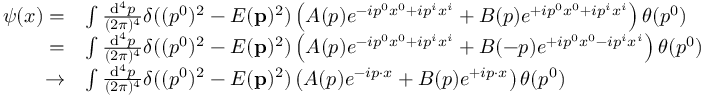
{ \begin{array} { r l } { \psi ( x ) = } & { \int { \frac { \mathrm { d } ^ { 4 } p } { ( 2 \pi ) ^ { 4 } } } \delta ( ( p ^ { 0 } ) ^ { 2 } - E ( \mathbf { p } ) ^ { 2 } ) \left( A ( p ) e ^ { - i p ^ { 0 } x ^ { 0 } + i p ^ { i } x ^ { i } } + B ( p ) e ^ { + i p ^ { 0 } x ^ { 0 } + i p ^ { i } x ^ { i } } \right) \theta ( p ^ { 0 } ) } \\ { = } & { \int { \frac { \mathrm { d } ^ { 4 } p } { ( 2 \pi ) ^ { 4 } } } \delta ( ( p ^ { 0 } ) ^ { 2 } - E ( \mathbf { p } ) ^ { 2 } ) \left( A ( p ) e ^ { - i p ^ { 0 } x ^ { 0 } + i p ^ { i } x ^ { i } } + B ( - p ) e ^ { + i p ^ { 0 } x ^ { 0 } - i p ^ { i } x ^ { i } } \right) \theta ( p ^ { 0 } ) } \\ { \rightarrow } & { \int { \frac { \mathrm { d } ^ { 4 } p } { ( 2 \pi ) ^ { 4 } } } \delta ( ( p ^ { 0 } ) ^ { 2 } - E ( \mathbf { p } ) ^ { 2 } ) \left( A ( p ) e ^ { - i p \cdot x } + B ( p ) e ^ { + i p \cdot x } \right) \theta ( p ^ { 0 } ) } \end{array} }